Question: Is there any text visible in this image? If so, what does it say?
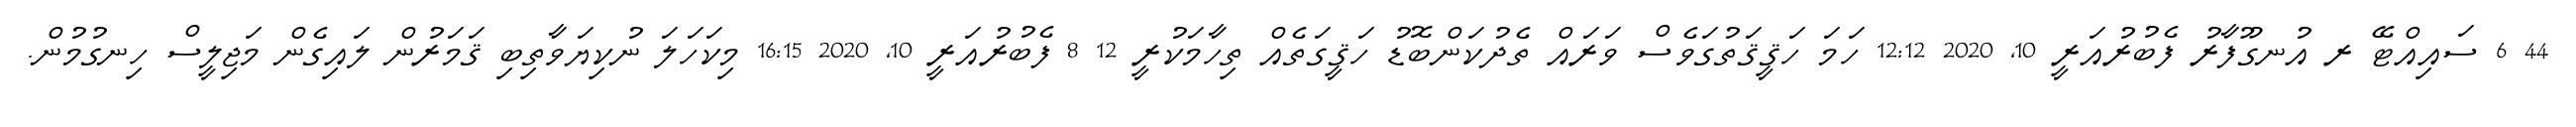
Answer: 44 6 ސައިއްޓޭ ރ އުނގޫފާރު ފެބުރުއަރީ 10, 2020 12:12 ހަމަ ހަޤީޤަތުގަވެސް ވަރައް ތެދުކަންބޮޑު ހަޤީގަތެއް ތިހާމަކުރީ 12 8 ފެބުރުއަރީ 10, 2020 16:15 މިކަހަލަ ނުކިޔަވާތިބި ޤަމަރުން ލައިގެން މަޖިލީސް ހިނގުމުން.